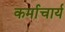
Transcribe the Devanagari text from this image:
कर्माचार्य